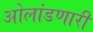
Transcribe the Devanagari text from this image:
ओलांडणारी